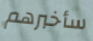
سأخبرهم